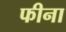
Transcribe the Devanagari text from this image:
फीना